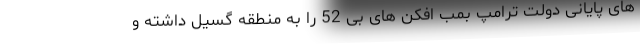
های پایانی دولت ترامپ بمب افکن های بی 52 را به منطقه گسیل داشته و